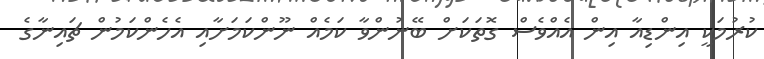
ކުރުމަކީ އިންޑިއާ އިން އެއްވެސް ގޮތަކަށް ބޭނުންވާ ކަމެއް ނޫންކަމަށާއި އެހެންކަމުން ޗައިނާގެ